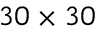
3 0 \times 3 0